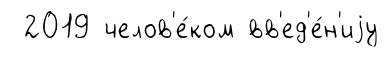
2019 челов'е́ком вв'ед'е́н'иjу